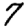
Digit: 7